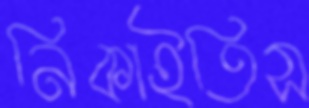
নিকাইতিস